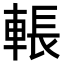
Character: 𮝙